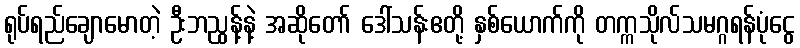
ရုပ်ရည်ချောမောတဲ့ ဦးဘညွန့်နဲ့ အဆိုတော် ဒေါ်သန်းဧတို့ နှစ်ယောက်ကို တက္ကသိုလ်သမဂ္ဂရန်ပုံငွေ